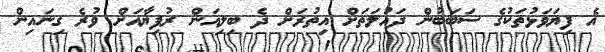
އެ ފިޔަވަޅުތަކުގެ ސަބަބުން ދައުލަތަށް އިތުރަށް ދެ ބިލިއަން ރުފިޔާއަށް ވުރެ ގިނައިން